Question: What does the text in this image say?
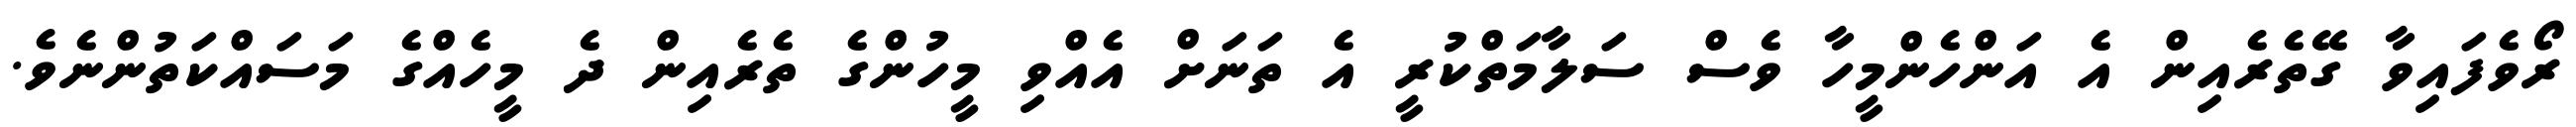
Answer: ރޯވެފައިވާ ގޭތެރެއިން އެ އަންހެންމީހާ ވެސް ސަލާމަތްކުރީ އެ ތަނަށް އެއްވި މީހުންގެ ތެރެއިން ދެ މީހެއްގެ މަސައްކަތުންނެވެ.